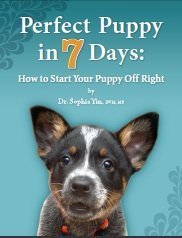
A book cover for Perfect Puppy in 7 Days How to Start Your Puppy off Right; Dr. Sophia Yin; Crafts, Hobbies & Home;